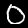
Label: 0